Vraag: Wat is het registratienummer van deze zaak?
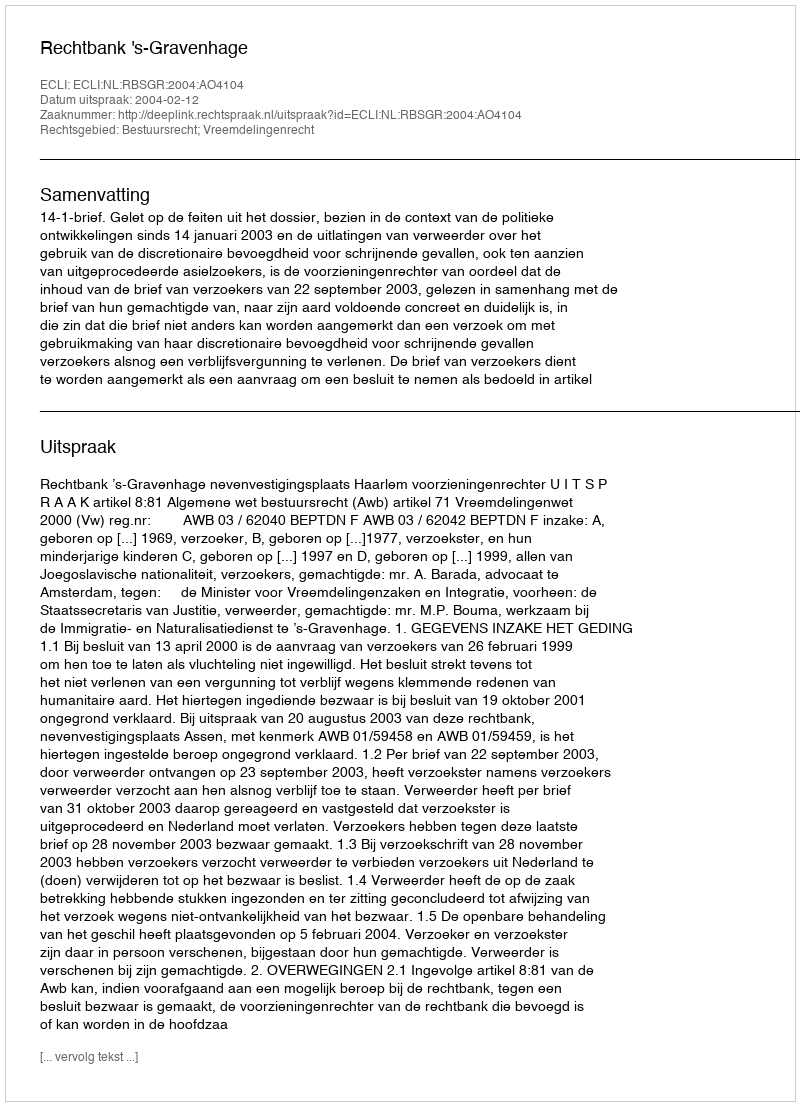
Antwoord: http://deeplink.rechtspraak.nl/uitspraak?id=ECLI:NL:RBSGR:2004:AO4104